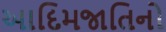
આદિમજાતિનો